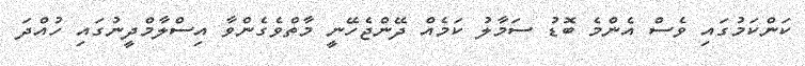
ކަންކަމުގައި ވެސް އެންމެ ބޮޑު ސަމާލު ކަމެއް ދޭންޖެހޭނީ މާތްވެގެންވާ އިސްލާމްދީނުގައި ހުއްދަ